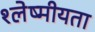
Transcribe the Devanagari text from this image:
श्लेष्मीयता